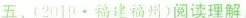
五、( 219·福建福州)阅读理解